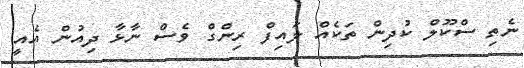
ނެތި ސްކޫލް ކުދިން ތަކެއް ލައިފް ރިންގް ވެސް ނާޅާ ދިއުން އެއީ